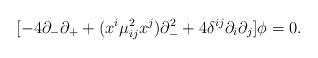
LaTeX: \begin{align*} [- 4 \partial_- \partial_+ + (x^i \mu^2_{ij} x^j) \partial_-^2 + 4\delta^{ij} \partial_i \partial_j ]\phi =0.\end{align*}